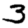
Digit: 3